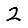
Digit: 2